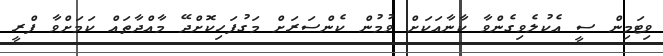
ވިޓަމިން ސީ އެކުލެވިގެންވާ ކާނާއަކަށް ވުމުން ކެންސަރަށް މަގުފަހިކޮށްދޭ މާއްދާތައް ކަމަށްވާ ފްރީ